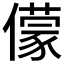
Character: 𠐁